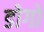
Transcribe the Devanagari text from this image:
डोगों